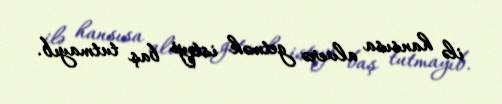
ilə hansısa alverə getmək istəyi baş tutmayıb.